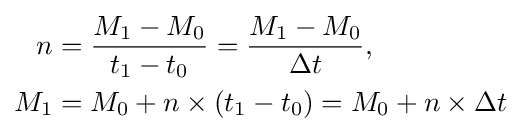
{\begin{aligned}n&={\frac {M_{1}-M_{0}}{t_{1}-t_{0}}}={\frac {M_{1}-M_{0}}{\Delta t}},\\M_{1}&=M_{0}+n\times (t_{1}-t_{0})=M_{0}+n\times \Delta t\end{aligned}}